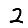
Digit: 2